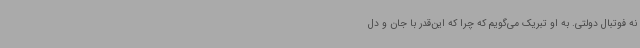
نه فوتبال دولتی. به او تبریک می‌گویم که چرا که این‌قدر با جان و دل